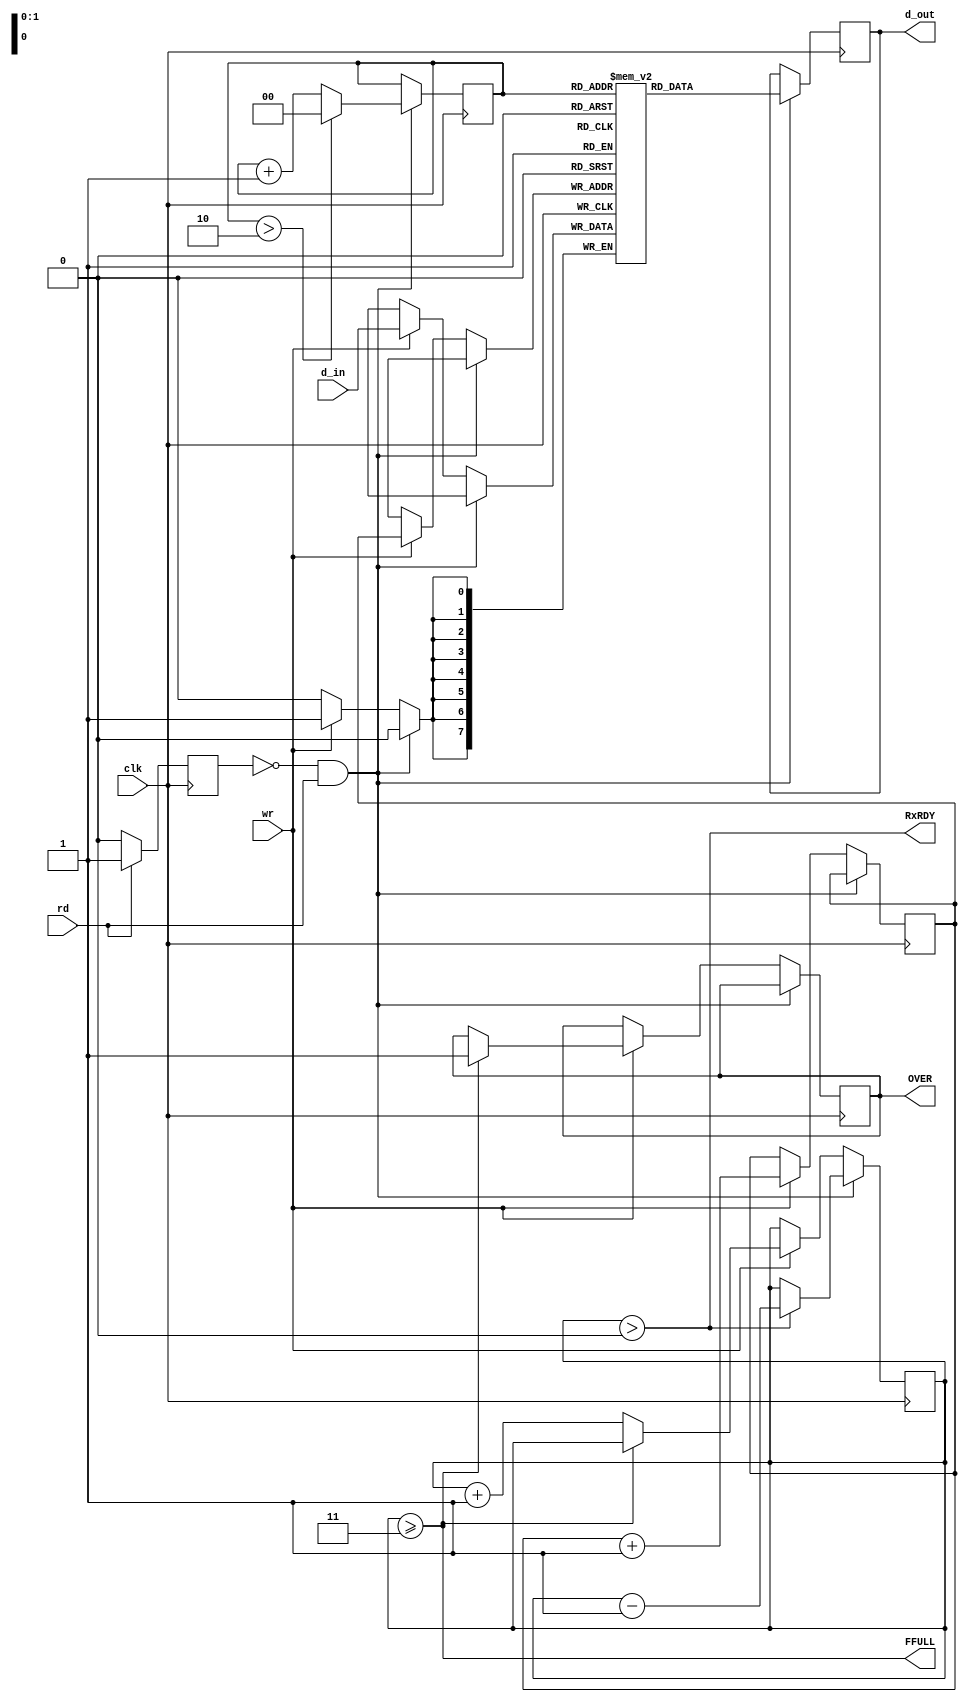
`timescale 1ns / 1ps
module FIFO (
    clk,
    rd,
    wr,
    d_in,
    d_out,
    FFULL,
    OVER,
    RxRDY
);
  input clk;
  input rd;
  input wr;
  input wire [7:0] d_in;
  output reg [7:0] d_out = 8'b0;
  reg [7:0] mem[3:0];
  reg [1:0] wPTR;
  reg [1:0] rPTR;
  reg [1:0] fCount;

  output wire FFULL;
  output reg OVER;
  output wire RxRDY;

  assign FFULL = (fCount >= 3);
  assign RxRDY = (fCount > 0);

  initial begin
    wPTR   = 0;
    rPTR   = 0;
    fCount = 0;
    OVER   = 0;
  end

  reg cs_state;

  always @(posedge clk) begin
    if (cs_state == 0 & rd == 1) begin
      if (fCount > 0) fCount <= fCount - 1;
      d_out <= mem[rPTR];
      if (rPTR > (3 - 1)) rPTR <= 0;
      else rPTR <= rPTR + 1;
    end else if (wr) begin
      if (FFULL == 1) OVER <= 1;
      else fCount <= fCount + 1;
      mem[wPTR] <= d_in;
      wPTR <= wPTR + 1;
    end
    if (rd == 1) cs_state <= 1;
    else cs_state <= 0;
  end

endmodule